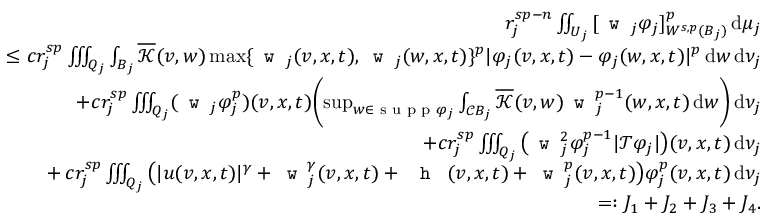
\begin{array} { r l r } & { } & { r _ { j } ^ { s p - n } \iint _ { U _ { j } } \, [ \texttt { w } _ { j } \varphi _ { j } ] _ { W ^ { s , p } ( B _ { j } ) } ^ { p } \, \mathrm { d } \mu _ { j } } \\ & { } & { \le c r _ { j } ^ { s p } \iiint _ { Q _ { j } } \int _ { B _ { j } } \overline { { \mathcal { K } } } ( v , w ) \operatorname* { m a x } \{ \texttt { w } _ { j } ( v , x , t ) , \texttt { w } _ { j } ( w , x , t ) \} ^ { p } \lvert \varphi _ { j } ( v , x , t ) - \varphi _ { j } ( w , x , t ) \rvert ^ { p } \, \mathrm { d } w \, \mathrm { d } \nu _ { j } } \\ & { } & { \quad + c r _ { j } ^ { s p } \iiint _ { Q _ { j } } ( \texttt { w } _ { j } \varphi _ { j } ^ { p } ) ( v , x , t ) \Biggl ( \operatorname* { s u p } _ { w \in \textup { s u p p } \varphi _ { j } } \int _ { \mathscr { C } B _ { j } } \overline { { \mathcal { K } } } ( v , w ) \texttt { w } _ { j } ^ { p - 1 } ( w , x , t ) \, \mathrm { d } w \Biggr ) \, \mathrm { d } \nu _ { j } } \\ & { } & { \quad + c r _ { j } ^ { s p } \iiint _ { Q _ { j } } \big ( \texttt { w } _ { j } ^ { 2 } \varphi _ { j } ^ { p - 1 } \lvert \mathcal { T } \varphi _ { j } \rvert \big ) ( v , x , t ) \, \mathrm { d } \nu _ { j } } \\ & { } & { \quad + \, c r _ { j } ^ { s p } \iiint _ { Q _ { j } } \big ( \lvert u ( v , x , t ) \rvert ^ { \gamma } + \texttt { w } _ { j } ^ { \gamma } ( v , x , t ) + \textup { \texttt { h } } ( v , x , t ) + \texttt { w } _ { j } ^ { p } ( v , x , t ) \big ) \varphi _ { j } ^ { p } ( v , x , t ) \, \mathrm { d } \nu _ { j } } \\ & { } & { = : J _ { 1 } + J _ { 2 } + J _ { 3 } + J _ { 4 } . } \end{array}